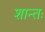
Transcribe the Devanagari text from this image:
शान्तः